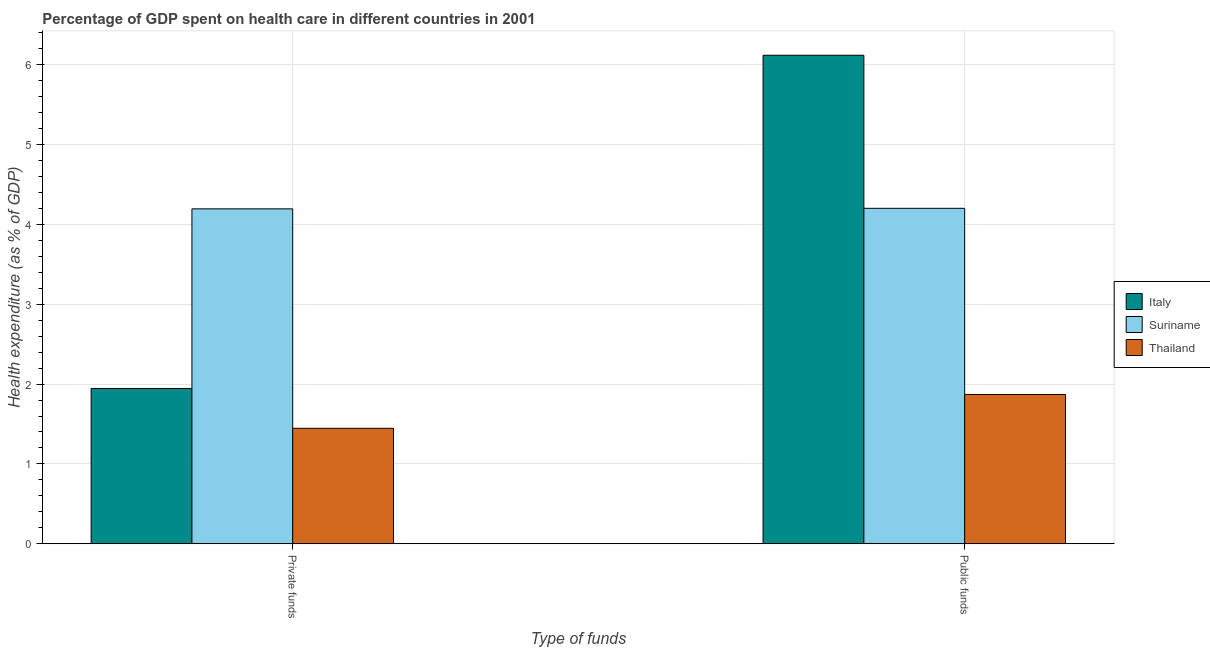
| Type of funds | Italy | Suriname | Thailand |
 | --- | --- | --- | --- |
 | Private funds | 1.94 | 4.19 | 1.45 |
 | Public funds | 6.12 | 4.2 | 1.87 |